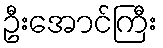
ဦးအောင်ကြီး